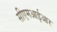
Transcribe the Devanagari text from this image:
सीएमआईआर